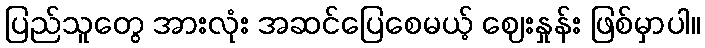
ပြည်သူတွေ အားလုံး အဆင်ပြေစေမယ့် ဈေးနှုန်း ဖြစ်မှာပါ။